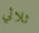
ثلاثي